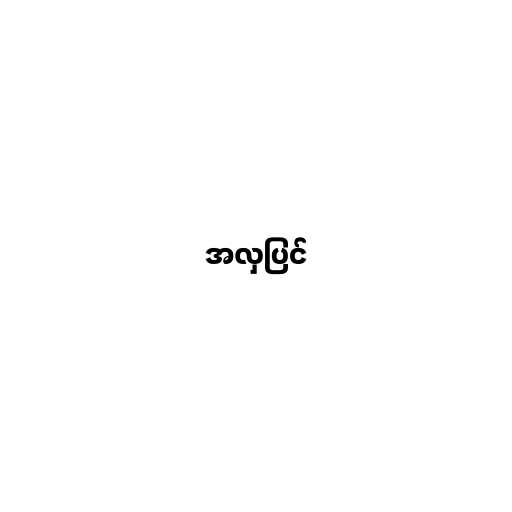
အလှပြင်